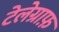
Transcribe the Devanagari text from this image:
टेलेग्राफ़